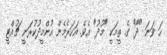
ހަ ވަނަ "ދޯ" ގެ ތީމަކީ "މޫދު" އެވެ. އަހަރެމެން އުންމީދުކުރަނީ ޗުއްޓީ